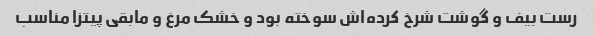
رست بیف و گوشت شرخ کرده‌اش سوخته بود و خشک مرغ و مابقی پیتزا مناسب